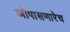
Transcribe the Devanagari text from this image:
जोपासणारेच